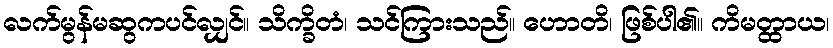
လက်မွန်မဆွကပင်လျှင်။ သိက္ခိတံ၊ သင်ကြားသည်။ ဟောတိ၊ ဖြစ်ပါ၏။ ကိမတ္ထာယ၊